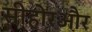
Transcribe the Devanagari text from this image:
सीहोरऔर